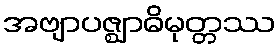
အဗျာပဇ္ဈာဓိမုတ္တဿ